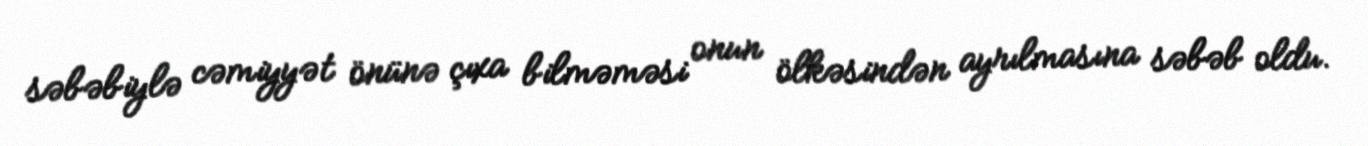
səbəbiylə cəmiyyət önünə çıxa bilməməsi onun ölkəsindən ayrılmasına səbəb oldu.